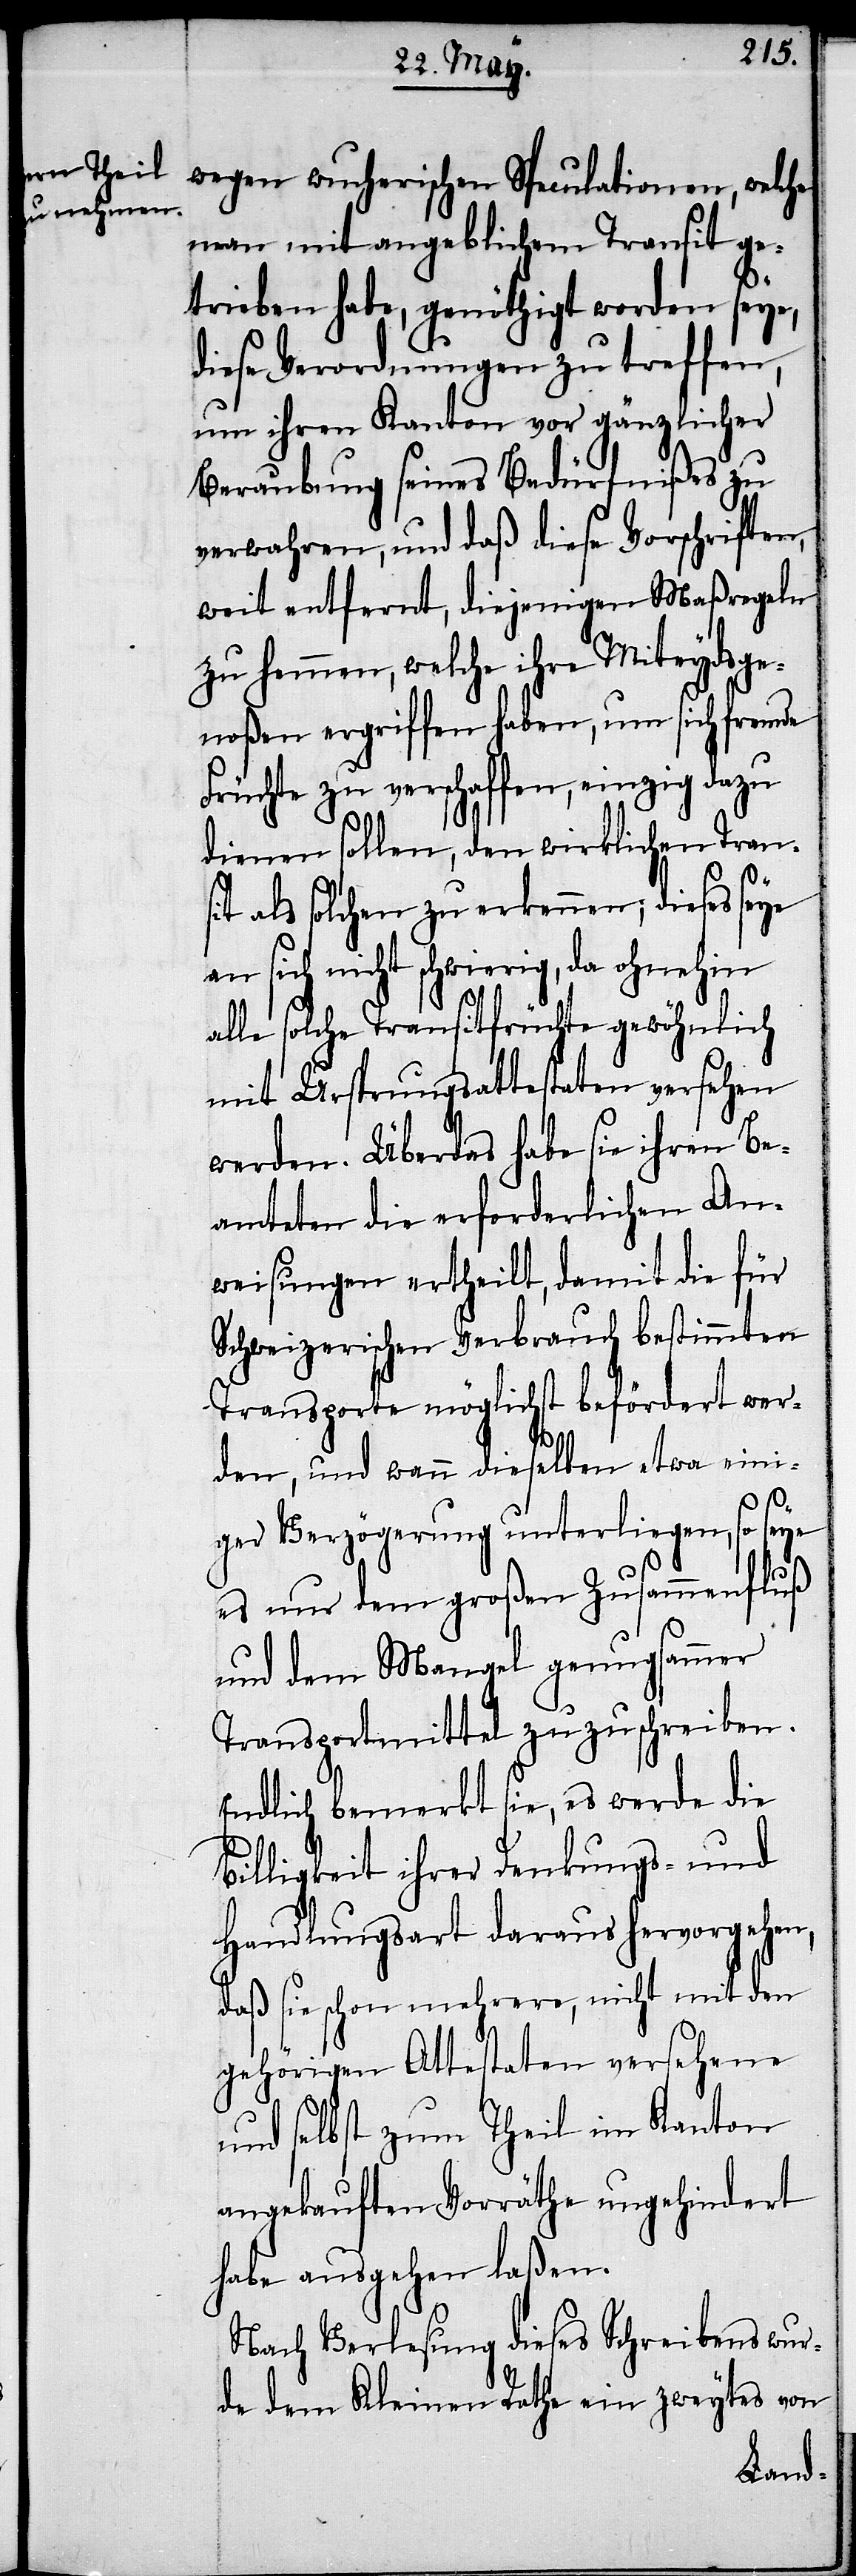
wegen wucherischen Speculationen, welche
man mit angeblichem Transit ge¬
trieben habe, genöthigt worden seye,
diese Verordnungen zu treffen,
um ihren Kanton vor gänzlicher
Beraubung seines Bedürfnißes zu
verwahren, und daß diese Vorschriften,
weit entfernt, diejenigen Maßregeln
zu hemmen, welche ihre Miteydsge¬
noßen ergriffen haben, um sich fremde
Früchte zu verschaffen, einzig dazu
dienen sollen, den wirklichen Trans¬
it als solchen zu erkennen; dieses seye
an sich nicht schwierig, da ohnehin
alle solche Transitfrüchte gewöhnlich
mit Ursprungsattestaten versehen
werden. Über das habe sie ihren Be¬
amteten die erforderlichen An¬
weisungen ertheilt, damit die für
Schweizerischen Verbrauch bestimmten
Transporte möglichst befördert wer¬
den, und wenn dieselben etwa eini¬
ger Verzögerung unterliegen, so seye
es nur dem großen Zusammenfluß
und dem Mangel genugsamer
Transportmittel zuzuschreiben.
Endlich bemerkt sie, es werde die
Billigkeit ihrer Denkungs- und
Handlungsart daraus hervorgehen,
daß sie schon mehrere, nicht mit den
gehörigen Attestaten versehene
und selbst zum Theil im Kanton
angekauften Vorräthe ungehindert
habe ausgehen laßen.
Nach Verlesung dieses Schreibens wur¬
de dem Kleinen Rathe ein zweytes von